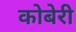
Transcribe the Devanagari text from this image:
कोबेरी